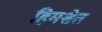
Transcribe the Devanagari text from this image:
हिमश्वेत